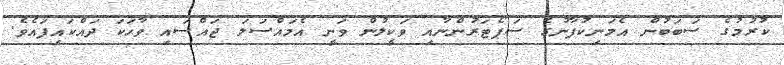
ކުރުމުގެ ސަބަބުން އެމަނިކުފާނުގެ ސަޕޯޓަރުންނާއި ވަކީލުން ވަނީ އެމައްސަލަ ޖައްސައި ވާހަކަ ދައްކައިފައެވެ.